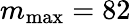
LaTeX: m_{\operatorname*{max}}=82